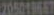
20501MAT